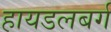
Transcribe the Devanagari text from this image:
हायडलबर्ग